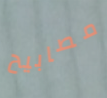
مصابيح